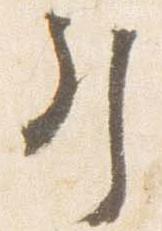
引